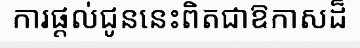
ការផ្តល់ជូននេះពិតជាឱកាសដ៏